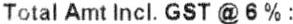
TOTAL AMT INCL. GST @ 6 % :